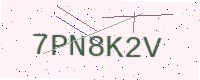
Text: 7PN8K2V